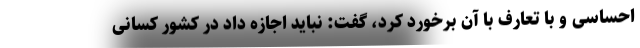
احساسی و با تعارف با آن برخورد کرد، گفت: نباید اجازه داد در کشور کسانی